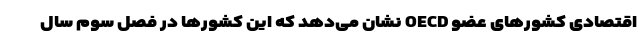
اقتصادی کشورهای عضو OECD نشان می‌دهد که این کشورها در فصل سوم سال